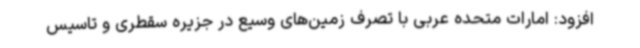
افزود: امارات متحده عربی با تصرف زمین‌های وسیع در جزیره سقطری و تاسیس